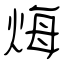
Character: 烸